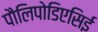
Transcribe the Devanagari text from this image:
पौलिपोडिएसिई